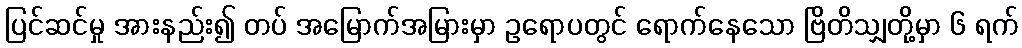
ပြင်ဆင်မှု အားနည်း၍ တပ် အမြောက်အမြားမှာ ဥရောပတွင် ရောက်နေသော ဗြိတိသျှတို့မှာ ၆ ရက်